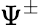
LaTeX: \Psi^{\pm}